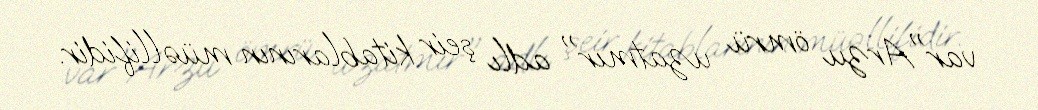
var"Arzu ömrü uzatmır" adlı şeir kitablarının müəllifidir.